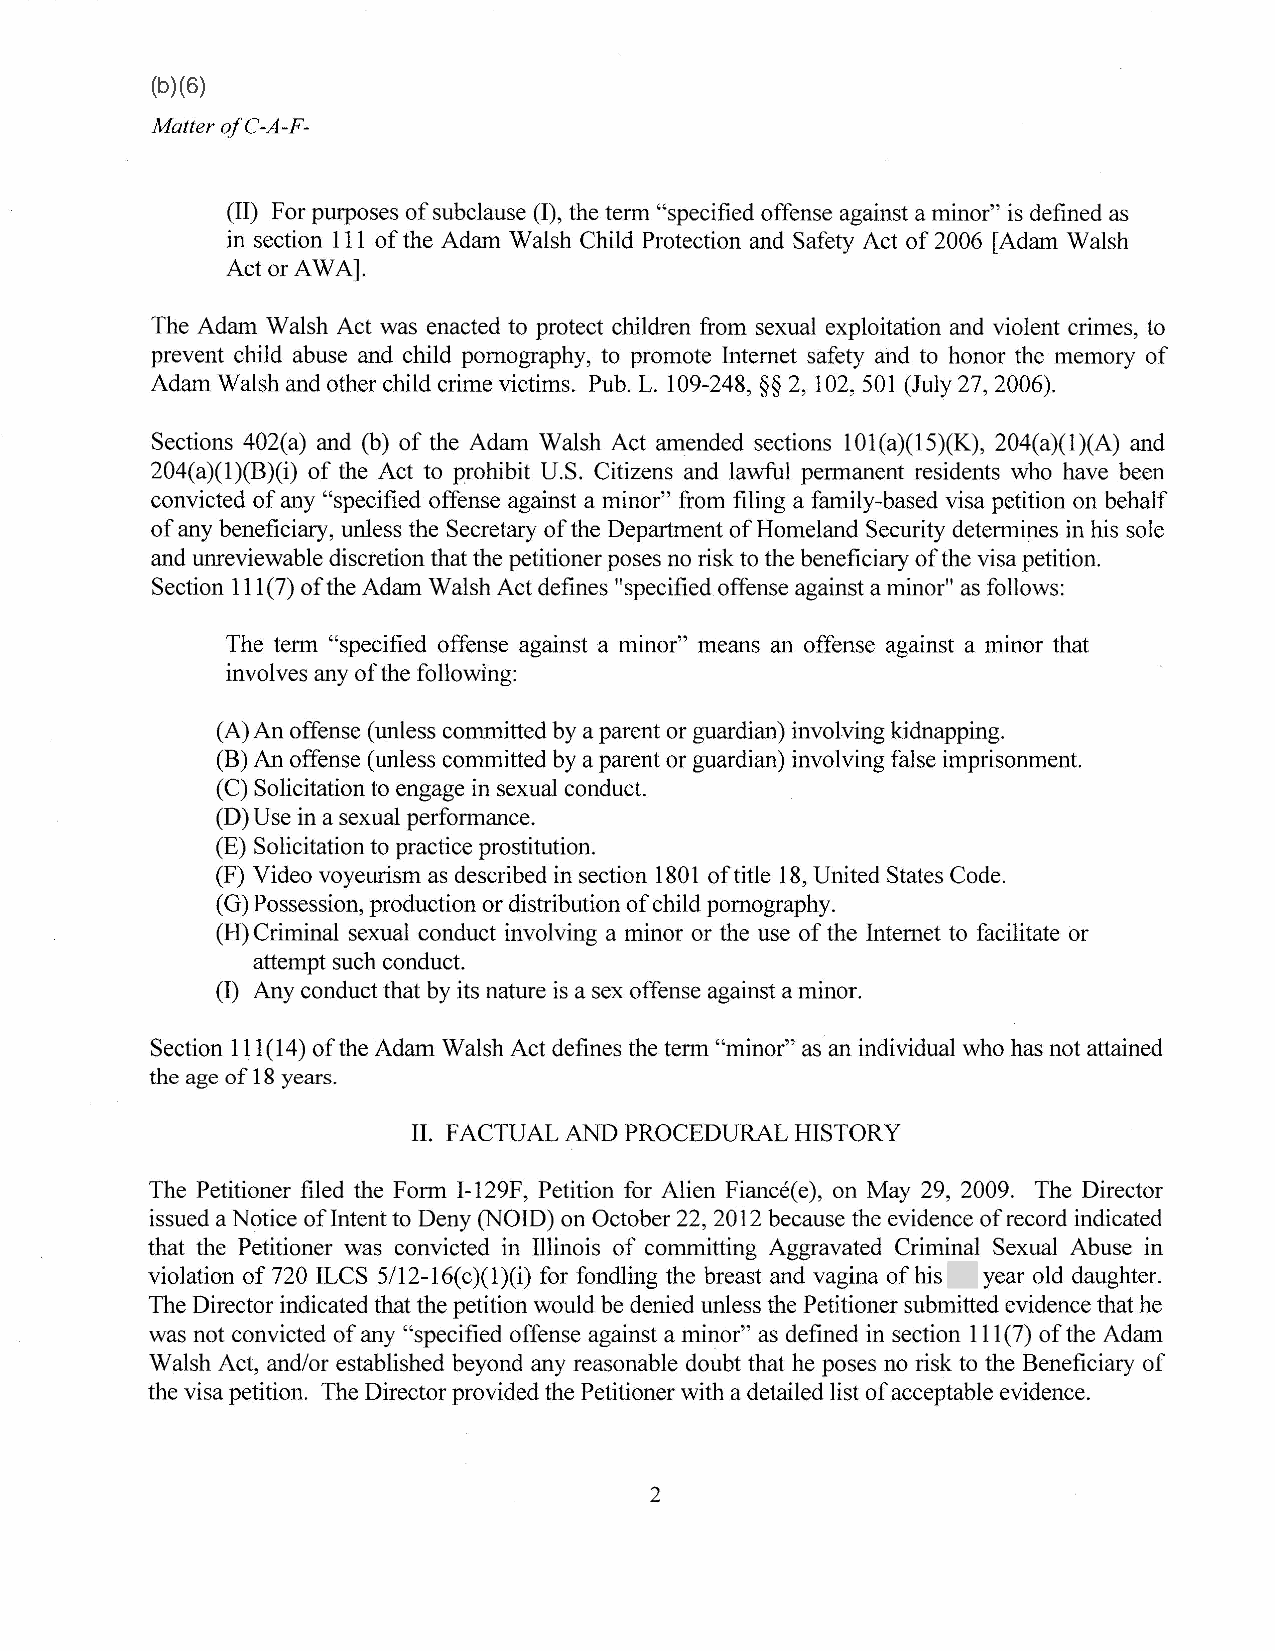
(b)(6)
 Matter ofC-A-F-
 (II) For purposes of subclause (1), the term "specified offense against a minor" is defined as
 in section 111 of the Adam Walsh Child Protection and Safety Act of 2006 [Adam Walsh
 Actor AWA].
 The Adam Walsh Act was enacted to protect children from sexual exploitation and violent crimes, to
 prevent child abuse and child pornography, to promote Internet safety and to honor the memory of
 Adam Walsh and other child crime victims. Pub. L. 109-248, §§ 2, 102, 501 (July 27, 2006).
 Sections 402(a) and (b) of the Adam Walsh Act amended sections 101(a)(15)(K), 204(a)(l)(A) and
 204(a)(l)(B)(i) of the Act to prohibit U.S. Citizens and lawful permanent residents who have been
 convicted of any "specified offense against a minor" from filing a family-based visa petition on behalf
 of any beneficiary, unless the Secretary of the Department of Homeland Security determines in his sole
 and unreviewable discretion that the petitioner poses no risk to the beneficiary of the visa petition.
 Section 111(7) of the Adam Walsh Act defines "specified offense against a minor" as follows:
 The term "specified offense against a minor" means an offense against a minor that
 involves any of the following:
 (A) An offense (unless committed by a parent or guardian) involving kidnapping.
 (B) An offense (unless committed by a parent or guardian) involving false imprisonment.
 (C) Solicitation to engage in sexual conduct.
 (D) Use in a sexual performance.
 (E) Solicitation to practice prostitution.
 (F) Video voyeurism as described in section 1801 oftitle 18, United States Code.
 (G) Possession, production or distribution of child pornography.
 (H) Criminal sexual conduct involving a minor or the use of the Internet to facilitate or
 attempt such conduct.
 (I) Any conduct that by its nature is a sex offense against a minor.
 Section 111(14) of the Adam Walsh Act defines the term "minor" as an individual who has not attained
 the age of 18 years.
 II. FACTUAL AND PROCEDURAL HISTORY
 The Petitioner filed the Form I-129F, Petition for Alien Fiance(e), on May 29, 2009. The Director
 issued a Notice oflntent to Deny (NOID) on October 22, 2012 because the evidence of record indicated
 that the Petitioner was convicted in Illinois of committing Aggravated Criminal Sexual Abuse in
 violation of 720 ILCS 5112-16( c )(1 )(i) for fondling the breast and vagina of his year old daughter.
 The Director indicated that the petition would be denied unless the Petitioner submitted evidence that he
 was not convicted of any "specified offense against a minor" as defined in section 111 (7) of the Adam
 Walsh Act, and/or established beyond any reasonable doubt that he poses no risk to the Beneficiary of
 the visa petition. The Director provided the Petitioner with a detailed list of acceptable evidence.
 2